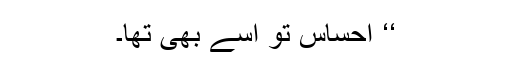
‘‘ احساس تو اسے بھی تھا۔